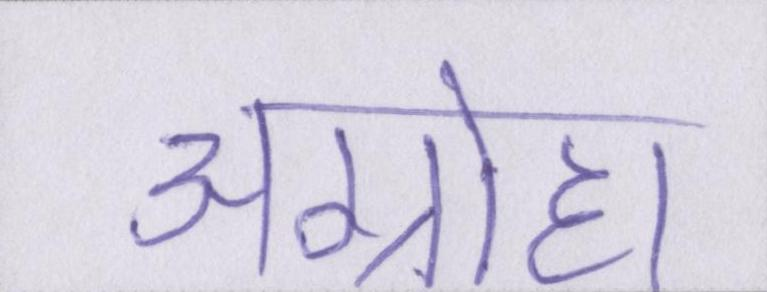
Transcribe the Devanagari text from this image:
अग्रोहा